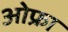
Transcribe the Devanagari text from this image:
ओफ्रा